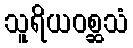
သူရိယဝစ္ဆသံ